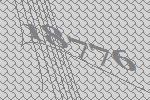
18776